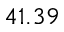
4 1 . 3 9